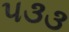
૫૩૩